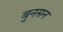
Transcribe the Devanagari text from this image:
बुनसन